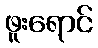
ဖူးရောင်